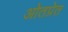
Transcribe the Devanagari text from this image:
ओतप्रेत